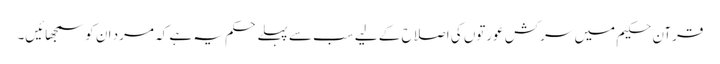
قرآن حکیم میں سرکش عورتوں کی اصلاح کے لیے سب سے پہلے حکم یہ ہے کہ مرد ان کو سمجھائیں۔